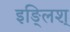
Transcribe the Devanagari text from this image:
इङ्लिश्